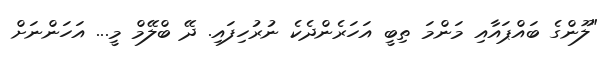
"ލޫންގެ ބައްޕައާއި މަންމަ ތިބީ އަހަރެންދެކެ ނުރުހިފައި. ދޭ ބްލޭމް މީ... އަހަންނަށް